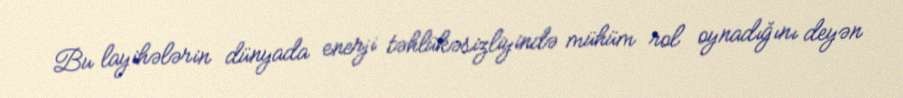
Bu layihələrin dünyada enerji təhlükəsizliyində mühüm rol oynadığını deyən